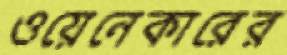
ওয়েনেকারের